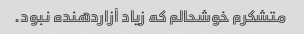
متشکرم خوشحالم که زیاد آزاردهنده نبود.